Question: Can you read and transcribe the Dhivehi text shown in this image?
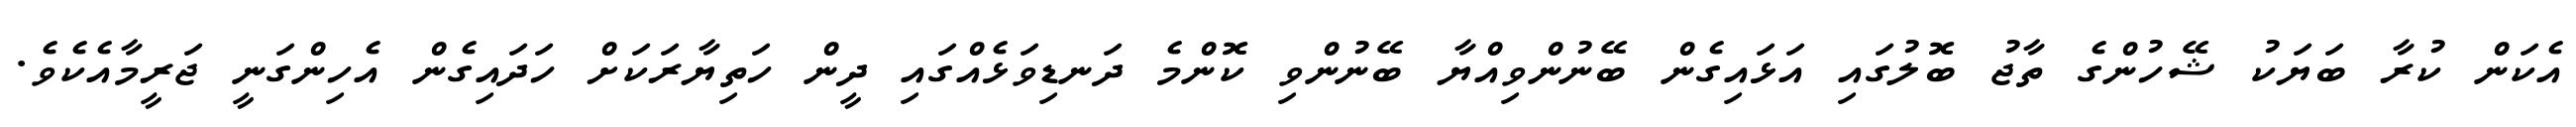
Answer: އެކަން ކުރާ ބަޔަކު ޝޭހުންގެ ތާޖު ބޮލުގައި އަޅައިގެން ބޭނުންވިއްޔާ ބޭނުންވި ކޮންމެ ދަނޑިވަޅެއްގައި ދީން ހަތިޔާރަކަށް ހަދައިގެން އެހިންގަނީ ޖަރީމާއެކެވެ.